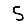
Digit: 5